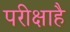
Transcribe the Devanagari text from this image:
परीक्षाहै